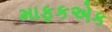
માફકએક